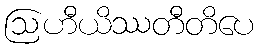
ဩဟီယိဿတီတိပေ